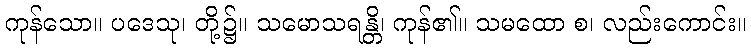
ကုန်သော။ ပဒေသု၊ တို့၌။ သမောသရန္တိ၊ ကုန်၏။ သမထော စ၊ လည်းကောင်း။